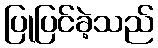
ပြုပြင်ခဲ့သည်